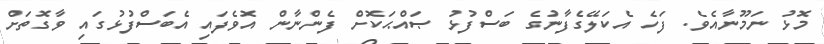
މޮޅު ނަމޫނާއެވެ. ފަހެ އެކަލޭގެފާނުގެ ބަސްފުޅު ޞައްޙަކޮށް ފެންނާން އޮވެފައި އެބަސްފުޅުގައި ވާގޮތަށް